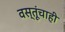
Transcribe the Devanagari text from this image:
वस्तूंचाही